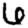
Digit: 6